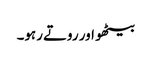
بیٹھو اور روتے رہو۔